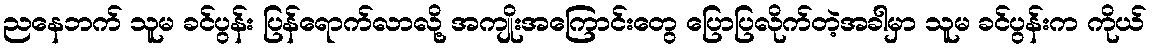
ညနေဘက် သူမ ခင်ပွန်း ပြန်ရောက်လာလို့ အကျိုးအကြောင်းတွေ ပြောပြလိုက်တဲ့အခါမှာ သူမ ခင်ပွန်းက ကိုယ်